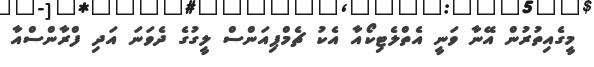
މީގެއިތުރުން އޭނާ ވަނީ އެތްލެޓިކޯއާ އެކު ޗެމްޕިއަންސް ލީގުގެ ދެވަނަ އަދި ފްރާންސްއާ